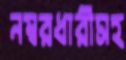
নম্বরধারীসহ